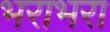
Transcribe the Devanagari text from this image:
भराभरा